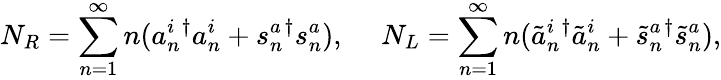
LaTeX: N_{R}=\sum_{n=1}^{\infty}n(a_{n}^{i}{}^{\dagger}a_{n}^{i}+s_{n}^{a}{}^{\dagger}s_{n}^{a}),~~~~~N_{L}=\sum_{n=1}^{\infty}n(\tilde{a}_{n}^{i}{}^{\dagger}\tilde{a}_{n}^{i}+\tilde{s}_{n}^{a}{}^{\dagger}\tilde{s}_{n}^{a}),